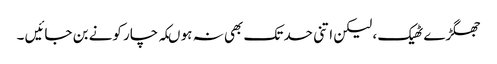
جھگڑے ٹھیک ، لیکن اتنی حد تک بھی نہ ہو ںکہ چار کونے بن جائیں ۔